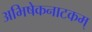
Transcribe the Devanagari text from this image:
अभिषेकनाटकम्